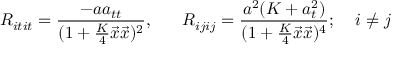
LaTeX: R _ { i t i t } = \frac { - a a _ { t t } } { ( 1 + \frac { K } { 4 } \vec { x } \vec { x } ) ^ { 2 } } , \; \; \; \; \; \; R _ { i j i j } = \frac { a ^ { 2 } ( K + a _ { t } ^ { 2 } ) } { ( 1 + \frac { K } { 4 } \vec { x } \vec { x } ) ^ { 4 } } ; \; \; \; \; i \neq j